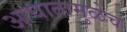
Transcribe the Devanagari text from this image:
आघातामुळेच